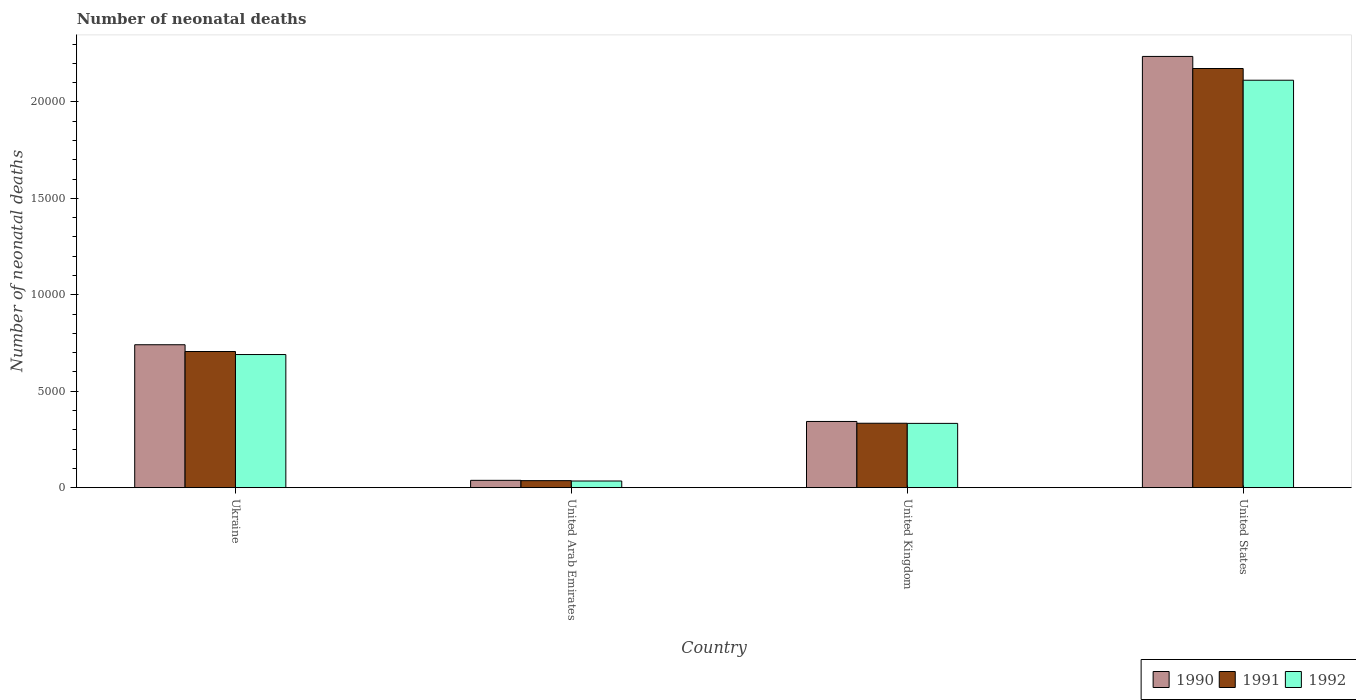
| Country | 1990 | 1991 | 1992 |
 | --- | --- | --- | --- |
 | Ukraine | 7.41e+03 | 7.06e+03 | 6.9e+03 |
 | United Arab Emirates | 379 | 363 | 344 |
 | United Kingdom | 3.43e+03 | 3.34e+03 | 3.33e+03 |
 | United States | 2.24e+04 | 2.17e+04 | 2.11e+04 |